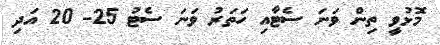
މޮޅުވީ ތިން ވަނަ ސެޓާއި ހަތަރު ވަނަ ސެޓު 25- 20 އަދި